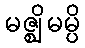
မဇ္ဈိမမ္ပိ